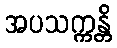
အပသက္ကန္တိ